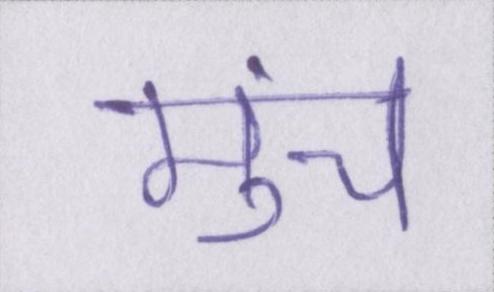
मुंच